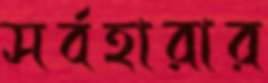
সর্বহারার